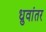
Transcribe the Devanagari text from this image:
ध्रुवांतर